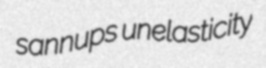
sannups unelasticity